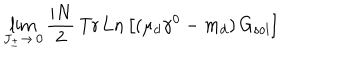
LaTeX: \lim _ { J _ { \pm } \to \, 0 } \frac { i N } { 2 } \, \mathrm { T r \, L n } \left[ ( \mu _ { d } \gamma ^ { 0 } - m _ { d } ) \, G _ { \mathrm { s o l } } \right]